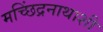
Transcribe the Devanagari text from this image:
मच्छिंद्रनाथाशी